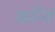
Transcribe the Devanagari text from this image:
कर्न्ति